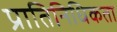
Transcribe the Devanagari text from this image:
प्रातिनिधिकता